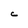
Character: C